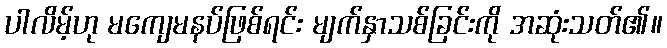
ပါလိမ့်ဟု မကျေမနပ်ဖြစ်ရင်း မျက်နှာသစ်ခြင်းကို အဆုံးသတ်၏။